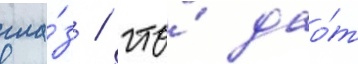
гла́з / что́ дао́т